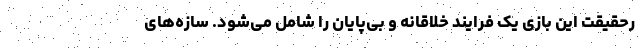
رحقیقت این بازی یک فرایند خلاقانه و بی‌پایان را شامل می‌شود. سازه‌های